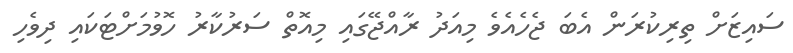
ސައިޒަށް ތިރިކުރަން އެބަ ޖެހެއެވެ މިއަދު ރާއްޖޭގައި މިއޮތް ސަރުކާރު ހޮވުމަށްޓަކައި ދިވެހި